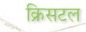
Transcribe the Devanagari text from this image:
क्रिसटल